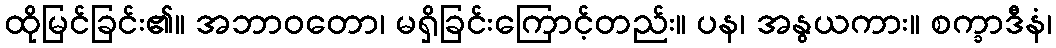
ထိုမြင်ခြင်း၏။ အဘာဝတော၊ မရှိခြင်းကြောင့်တည်း။ ပန၊ အနွယကား။ စက္ခာဒီနံ၊